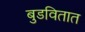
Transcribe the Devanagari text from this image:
बुडवितात